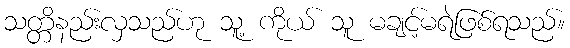
သတ္တိနည်းလှသည်ဟု သူ့ ကိုယ် သူ မချင့်မရဲဖြစ်ရသည်။